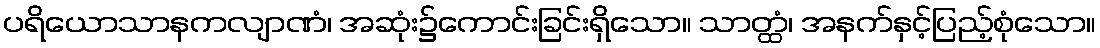
ပရိယောသာနကလျာဏံ၊ အဆုံး၌ကောင်းခြင်းရှိသော။ သာတ္ထံ၊ အနက်နှင့်ပြည့်စုံသော။